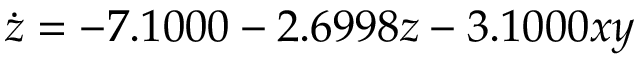
\dot { z } = - 7 . 1 0 0 0 - 2 . 6 9 9 8 z - 3 . 1 0 0 0 x y